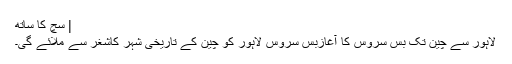
| سچ کا ساتھ
لاہور سے چین تک بس سروس کا آغازبس سروس لاہور کو چین کے تاریخی شہر کاشغر سے ملائے گی۔